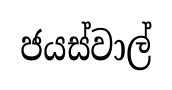
ජයස්වාල්